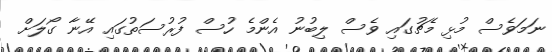
ނަމަވެސް މުޅި މެޗުގައި ވެސް ލިބުނު އެންމެ ހުސް ފުރުސަތުގައި އޭނާ ގޯލަށް